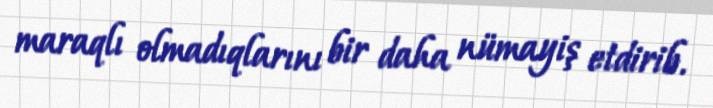
maraqlı olmadıqlarını bir daha nümayiş etdirib.